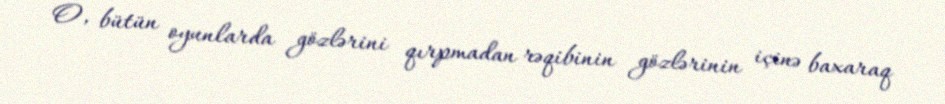
O, bütün oyunlarda gözlərini qırpmadan rəqibinin gözlərinin içinə baxaraq